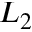
L _ { 2 }